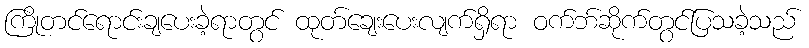
ကြိုတင်ရောင်းချပေးခဲ့ရာတွင် ထုတ်ချေးပေးလျက်ရှိရာ ဝက်ဘ်ဆိုက်တွင်ပြသခဲ့သည်